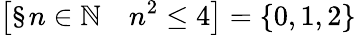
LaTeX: \left[\S n\in\mathbb{N}\quad n^{2}\leq 4\right]=\{ 0,1,2\}